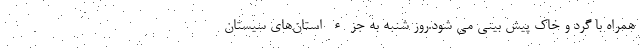
همراه با گرد و خاک پیش بینی می شود.روز شنبه به جزء استان‌های سیستان